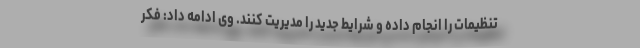
تنظیمات را انجام داده و شرایط جدید را مدیریت کنند. وی ادامه داد: فکر